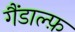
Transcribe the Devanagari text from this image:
गैंडाल्फ़